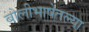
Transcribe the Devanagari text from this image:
बोलीभाषेतल्या